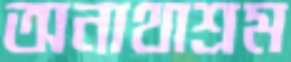
অনাথাশ্রম